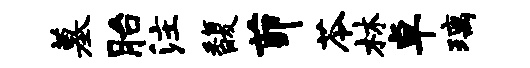
墓胎注馥茆苓林卓璃